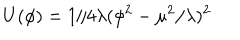
U ( \phi ) = 1 / 4 \lambda ( \phi ^ { 2 } - \mu ^ { 2 } / \lambda ) ^ { 2 }